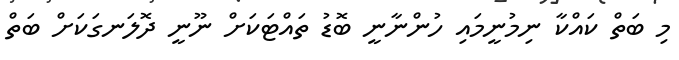
މި ބަތް ކައްކާ ނިމުނީމައި ހުންނާނީ ބޮޑު ތައްޓަކަށް ނޫނީ ދޮލަނގަކަށް ބަތް